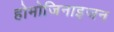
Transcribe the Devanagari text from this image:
होमोजिनाइजन